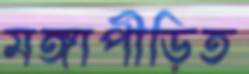
মঙ্গাপীড়িত